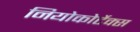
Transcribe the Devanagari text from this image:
नियोकोर्टेक्स